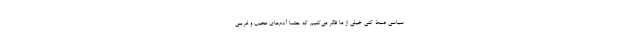
سیاسی ضبط کنی خیلی از ما فکر می‌کنیم که حتما آدم‌های عجیب و غریبی